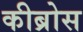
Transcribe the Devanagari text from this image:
कीब्रोस